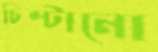
চিম্‌টানো